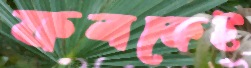
ফলকেই